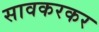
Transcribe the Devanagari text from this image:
सावकरकर